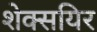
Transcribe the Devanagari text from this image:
शेक्सयिर